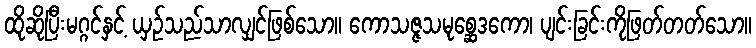
ထိုဆိုပြီးမဂ္ဂင်နှင့် ယှဉ်သည်သာလျှင်ဖြစ်သော။ ကောသဇ္ဇသမုစ္ဆေဒကော၊ ပျင်းခြင်းကိုဖြတ်တတ်သော။